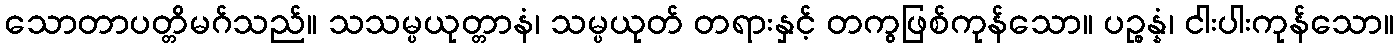
သောတာပတ္တိမဂ်သည်။ သသမ္ပယုတ္တာနံ၊ သမ္ပယုတ် တရားနှင့် တကွဖြစ်ကုန်သော။ ပဉ္စန္နံ၊ ငါးပါးကုန်သော။